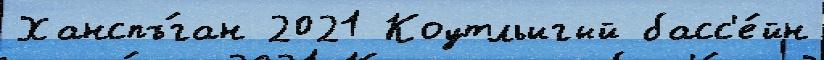
Ханспъ́ган 2021 Коутльигый басс'е́йн